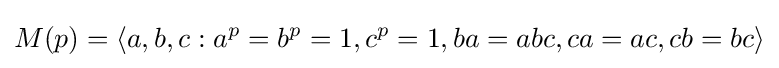
M(p)=\langle a,b,c:a^{p}=b^{p}=1,c^{p}=1,ba=abc,ca=ac,cb=bc\rangle